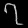
Digit: ၇